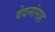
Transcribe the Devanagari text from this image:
वेदनांसह